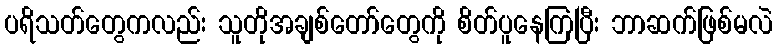
ပရိသတ်တွေကလည်း သူတိုအချစ်တော်တွေကို စိတ်ပူနေကြပြီး ဘာဆက်ဖြစ်မလဲ